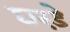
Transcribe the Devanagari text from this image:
घरड़े